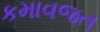
કમાવજત